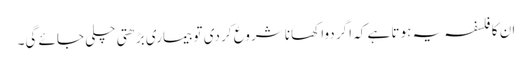
ان کا فلسفہ یہ ہوتا ہے کہ اگر دوا کھانا شروع کر دی تو بیماری بڑھتی چلی جائے گی۔